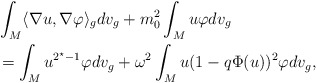
\begin{align*} & \int_M \langle \nabla u, \nabla \varphi \rangle_{g} dv_g +m_0^2 \int_M u \varphi dv_g\\ &= \int_M u^{2^\star-1}\varphi dv_g +\omega^2 \int_M u(1-q \Phi(u))^2\varphi dv_g, \end{align*}